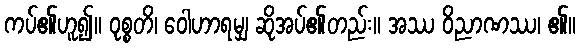
ကပ်၏ဟူ၍။ ဝုစ္စတိ၊ ဝေါဟာရမျှ ဆိုအပ်၏တည်း။ အဿ ဝိညာဏဿ၊ ၏။